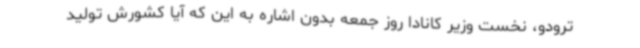
ترودو، نخست وزیر کانادا روز جمعه بدون اشاره به این که آیا کشورش تولید